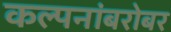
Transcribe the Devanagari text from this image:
कल्पनांबरोबर